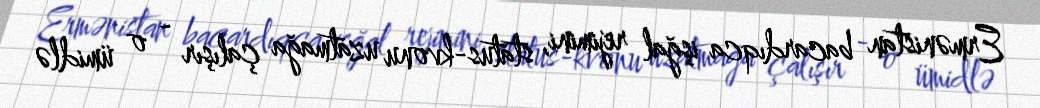
Ermənistan bacardıqca işğal rejimini, status-kvonu uzatmağa çalışır - o ümidlə